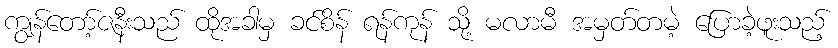
ကျွန်တော့်ဇနီးသည် ထိုအခါမှ ခင်စိန် ရန်ကုန် သို့ မလာမီ အမှတ်တမဲ့ ပြောခဲ့ဖူးသည့်